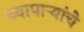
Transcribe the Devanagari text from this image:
व्यापाऱ्यांचे